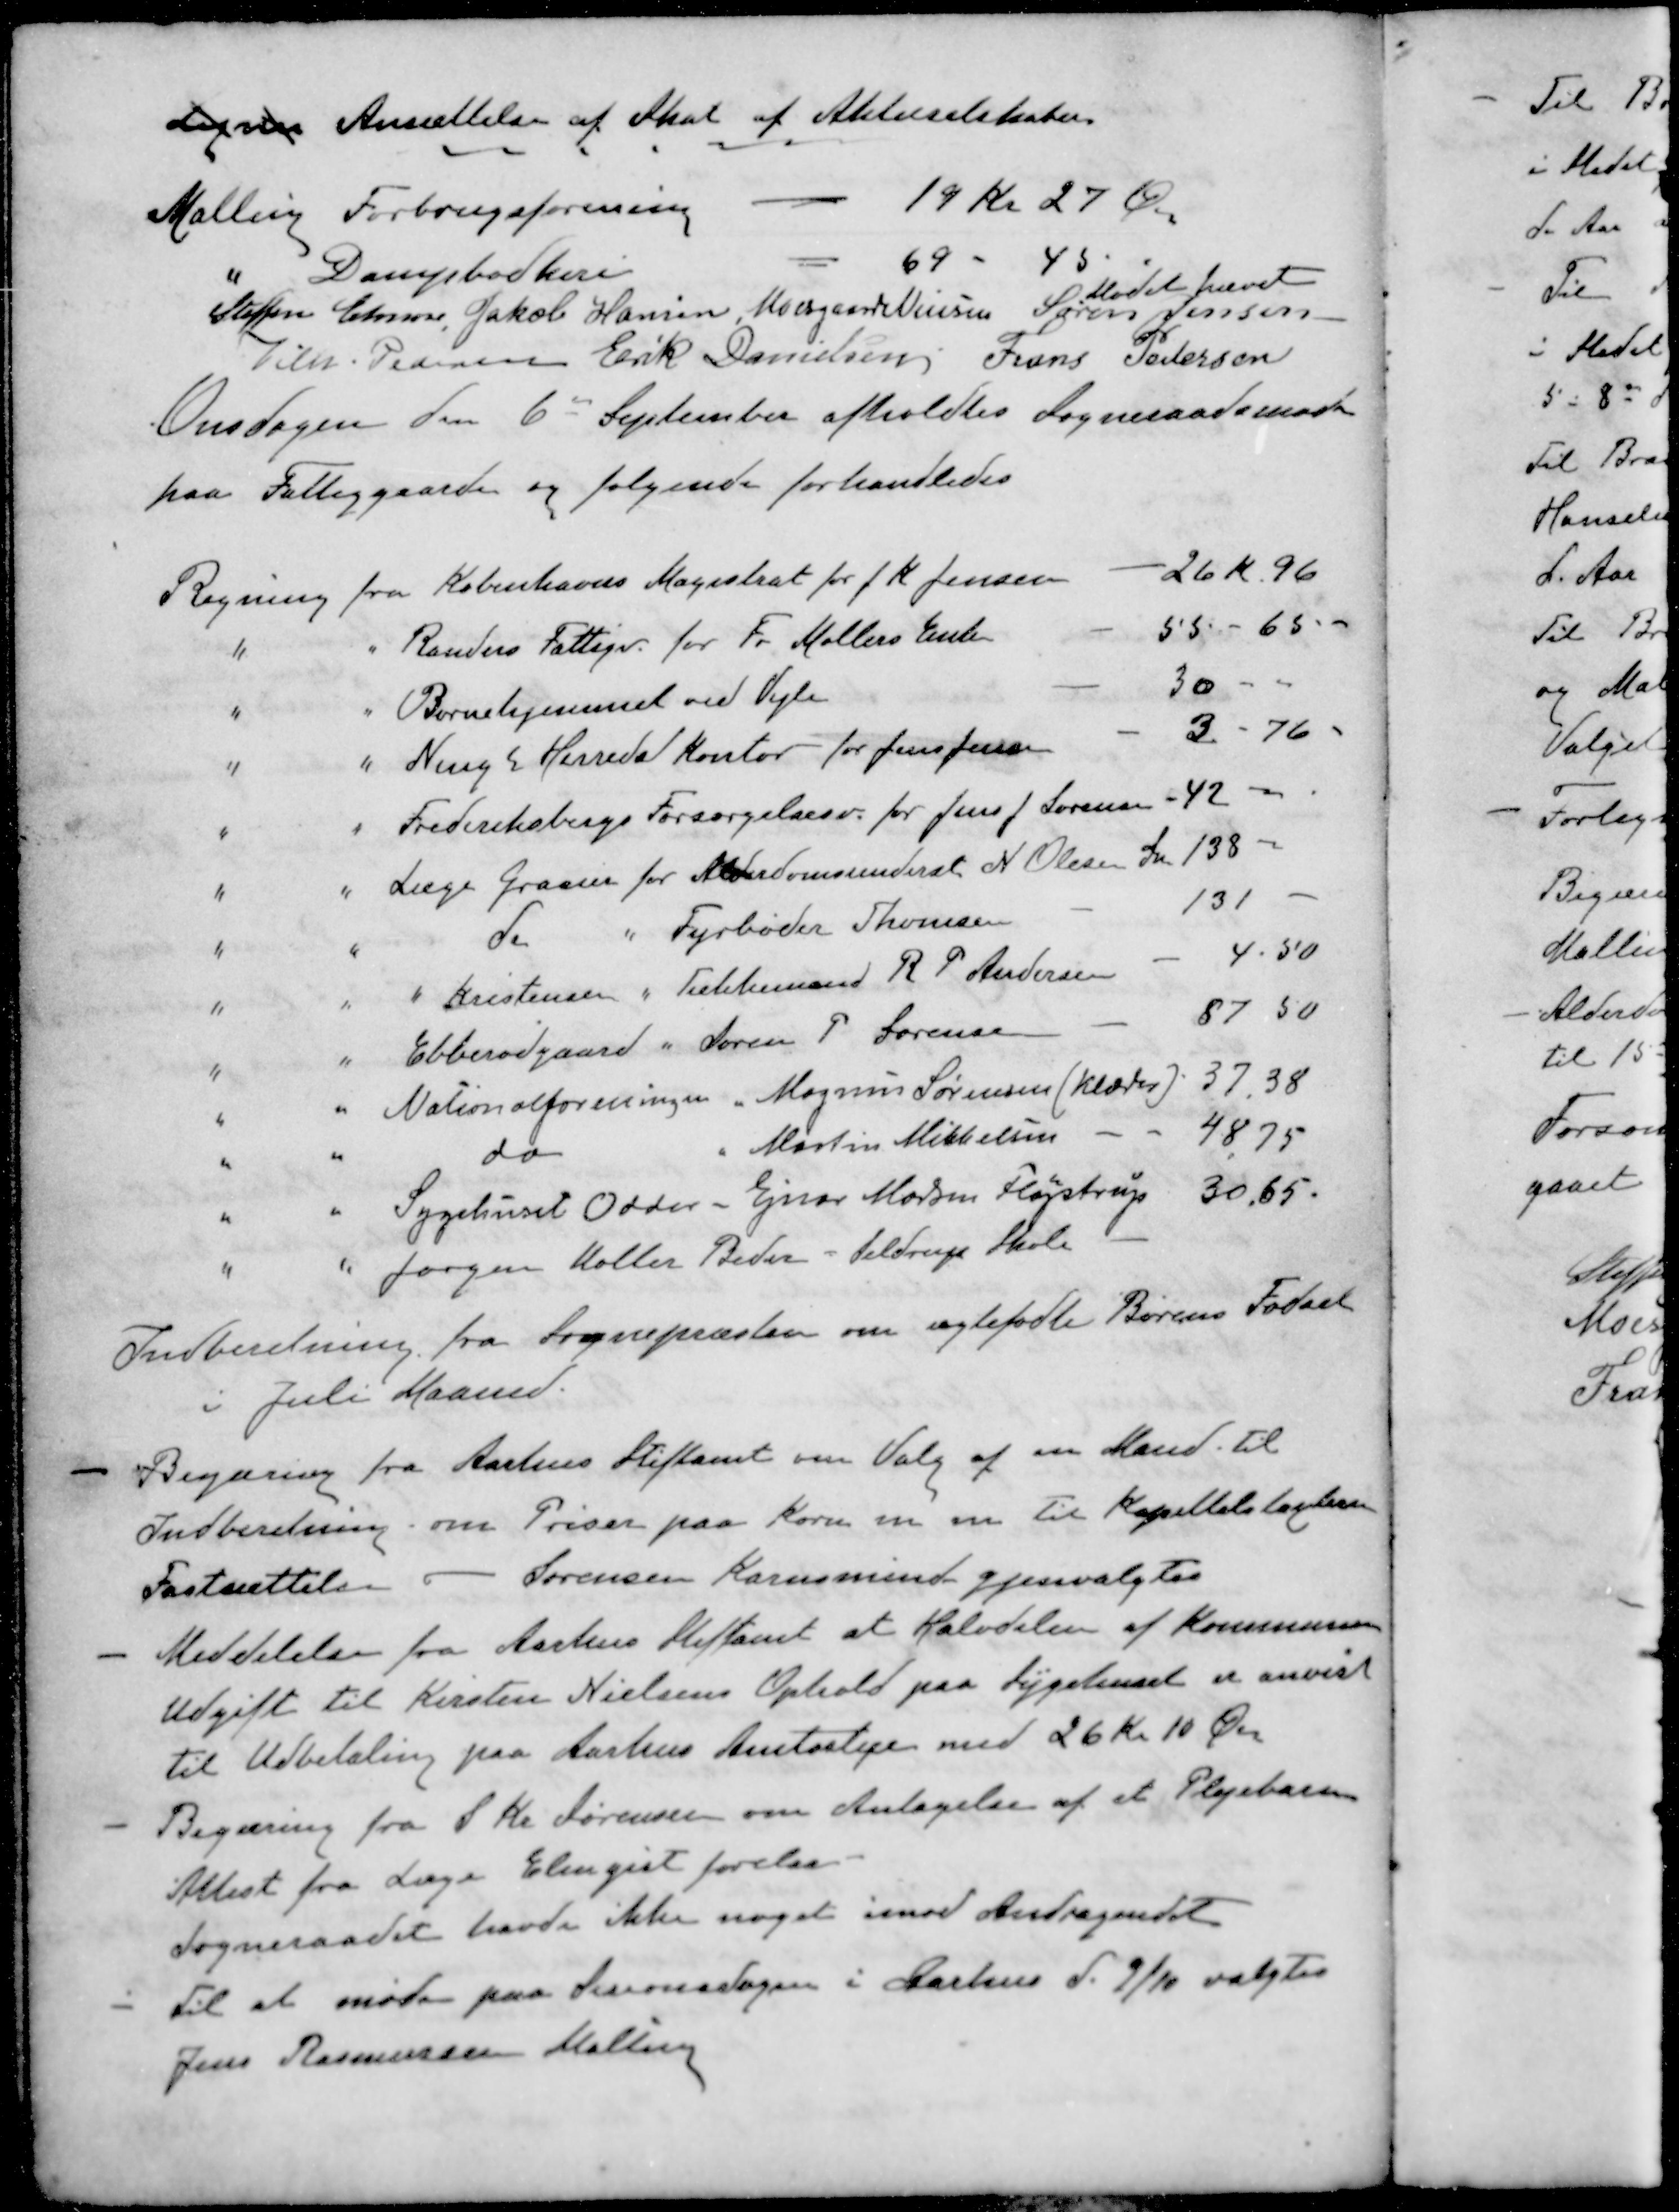
Transskription:
Lignen Ansættelse af Skat af Aktieselskaber
Malling Forbrugsforening
19 Kr 27 Øre
" Dampbødkeri
69 - 45
Mødet hævet
Steffen Elmose
Jakob Hansen
Moesgaard Nielsen
Søren Jensen
Vilh. Pedersen
Erik Danielsen
Frans Pedersen
Onsdagen den 6 September afholdtes Sogneraadsmøde
paa Fattiggaarden og følgende forhandledes
Regning fra Københavns Magistrat for J K Jensen
26 Kr. 96
" " Randers Fattigv for Fr. Møllers Enke
55 - 65 -
" " Børnehjemmet ved Vejle
30 - 
" " Ning Herreds Kontor for Jens Jensen
3 - 76
" " Frederiksbergs Forsørgelsesv. for Jens J Sørensen
42 -
" " Læge Grauer for Alderdomsunderst N. Olesen In
138 -
" " do " Fyrbøder Thomsen
131 -
" " " Kristensen " Tækkemand R. P. Andersen
4.50
" " Ebberødgaard " Søren P Sørensen
87,50
" " Nationalforeningen " Magnus Sørensen (klæder)
37.38
" " do " Martin Mikkelsen
48 75
" " Sygehuset Odder - Ejnar Madsen Fløjstrup
30,65
" " Jørgen Møller Beder - Seldrup Skole
Indberetning fra Sognepræsten om ugtefødte Børns Fødseel
i Juli Maaned.
- Begjæring fra Aarhus Stiftamt om Valg af en Mand. til
Indberetning om Priser paa Korn m. m. til Kapittalstyrelsen
Fastsættelse Sørensen Karensminde gjenvalgtes
- Meddelelse fra Aarhus Stiftamt at Halvdelen af Kommunens
Udgift til Kirsten Nielsens Ophold paa Sygehuset er anvist
til Udbetaling paa Aarhus Amtsstue med 26 Kr 10 Øre
- Begæring fra S Kr Sørensen om Antagelse af et Plejebarn
Attest fra Læge Elmqist forelaa
Sogneraadet havde ikke noget imod Andragendet
- Til at møde paa Sesionsdagen i Aarhus d. 9/10 valgtes
Jens Rasmussen Malling